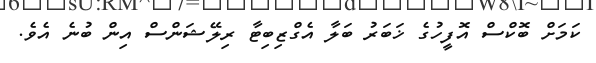
ކަމަށް ބޮކްސް އޮފީހުގެ ޚަބަރު ބަލާ އެގްޒިބިޓާ ރިލޭޝަންސް އިން ބުނެ އެވެ.